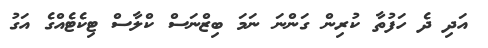
އަދި ދެ ހަފުތާ ކުރިން ގަންނަ ނަމަ ބިޒްނަސް ކްލާސް ޓިކެޓެއްގެ އަގު